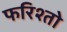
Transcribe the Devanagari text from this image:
फरिश्तो